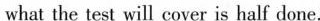
what the test will cover is half done.